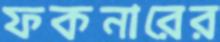
ফকনারের